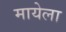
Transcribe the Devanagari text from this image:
मायेला